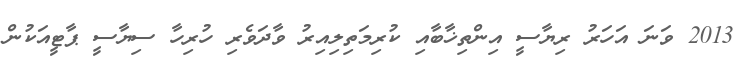
2013 ވަނަ އަހަރު ރިޔާސީ އިންތިޚާބާއި ކުރިމަތިލިއިރު ވާދަވެރި ހުރިހާ ސިޔާސީ ޕާޓީއަކުން